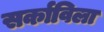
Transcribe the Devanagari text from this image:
सर्काविला